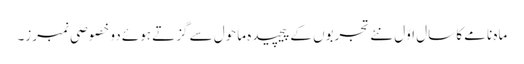
ماہ نامے کا سالِِ اوّل نئے تجربوں کے پیچیدہ ماحول سے گزتے ہوئے دو خصوصی نمبرز۔